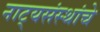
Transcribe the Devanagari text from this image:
नाट्यसंस्थांचे